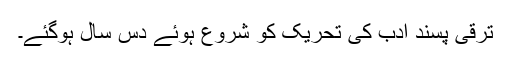
ترقی پسند ادب کی تحریک کو شروع ہوئے دس سال ہوگئے۔